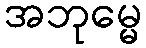
အဘုမ္မေ